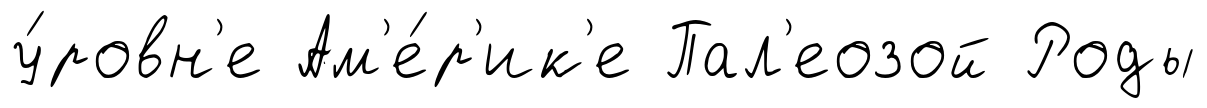
у́ровн'е Ам'е́р'ик'е Пал'еозой Роды